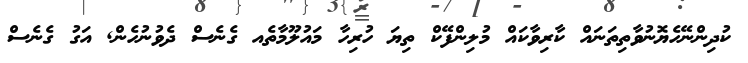
ކުދިންނޭހެޔޮނުވާތިތަނައް ކާރިވާކައް މުލިންފޭކް ތިޔަ ހުރިހާ މައުލޫމާތެއ ގެެނެސް ދެވުނުހެން